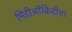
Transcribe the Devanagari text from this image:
मिडीऑक्रिटीचा